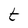
Character: t